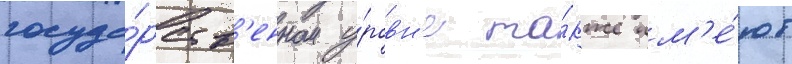
госуда́рств'енном у́ровн'е та́кже им'е́ют